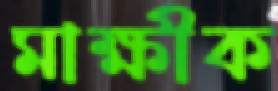
মাক্ষীক